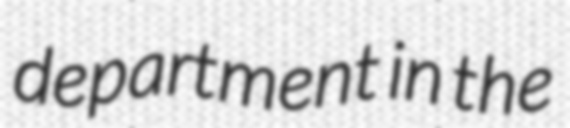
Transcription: department in the